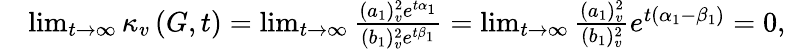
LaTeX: \begin{array}{rl}&{\operatorname*{lim}_{t\rightarrow\infty}\kappa_{v}\left(G,t\right)=\operatorname*{lim}_{t\rightarrow\infty}\frac{(a_{1})_{v}^{2}e^{t\alpha_{1}}}{(b_{1})_{v}^{2}e^{t\beta_{1}}}=\operatorname*{lim}_{t\rightarrow\infty}\frac{(a_{1})_{v}^{2}}{(b_{1})_{v}^{2}}e^{t\left(\alpha_{1}-\beta_{1}\right)}=0,}\end{array}